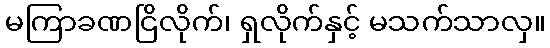
မကြာခဏငြိလိုက်၊ ရှလိုက်နှင့် မသက်သာလှ။